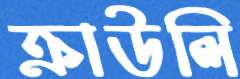
ক্রাউলি